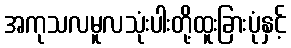
အကုသလမူလသုံးပါးတို့ထူးခြားပုံနှင့်